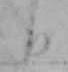
日